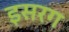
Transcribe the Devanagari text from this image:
इसरग